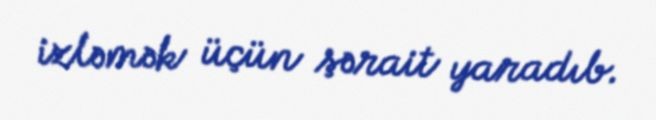
izləmək üçün şərait yaradıb.